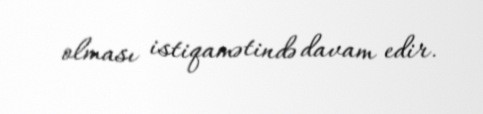
olması istiqamətində davam edir.